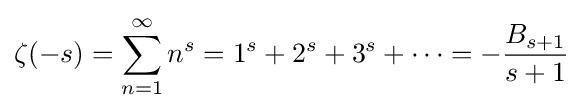
\zeta (-s)=\sum _{n=1}^{\infty }n^{s}=1^{s}+2^{s}+3^{s}+\cdots =-{\frac {B_{s+1}}{s+1}}